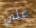
على